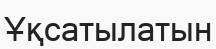
Ұқсатылатын